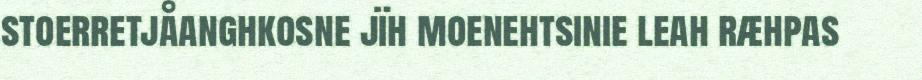
stoerretjåanghkosne jïh moenehtsinie leah ræhpas